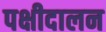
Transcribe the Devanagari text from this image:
पक्षीदालन